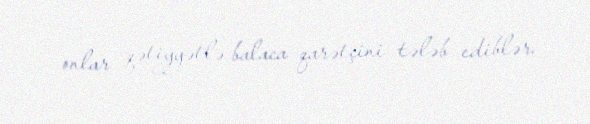
onlar qətiyyətlə balaca qarətçini tələb ediblər.